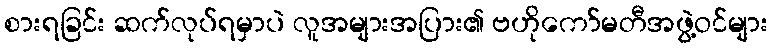
စားရခြင်း ဆက်လုပ်ရမှာပဲ လူအများအပြား၏ ဗဟိုကော်မတီအဖွဲ့ဝင်များ